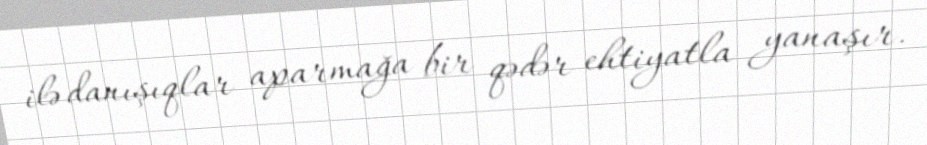
ilə danışıqlar aparmağa bir qədər ehtiyatla yanaşır.